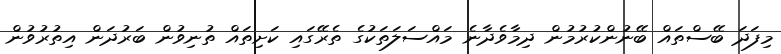
މިފަދަ ބޭސްތައް ބޭނުންކުރުމުން ދިމާވެދާނެ މައްސަލަތަކުގެ ތެރޭގައި ކަށިތައް ތުނިވުން ބަރުދަން އިތުރުވުން